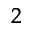
_ 2